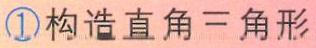
\textcircled{1}构造直角三角形